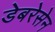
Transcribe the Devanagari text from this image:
डेबरेसेन